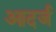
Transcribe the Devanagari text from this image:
आदर्ज